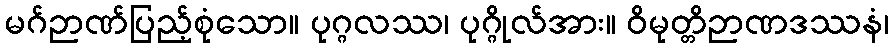
မဂ်ဉာဏ်ပြည့်စုံသော။ ပုဂ္ဂလဿ၊ ပုဂ္ဂိုလ်အား။ ဝိမုတ္တိဉာဏဒဿနံ၊